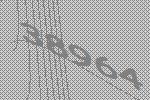
38964